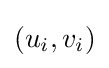
(u_{i},v_{i})